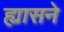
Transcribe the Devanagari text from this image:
ह्यासने